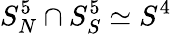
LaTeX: S_{N}^{5}\cap S_{S}^{5}\simeq S^{4}